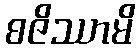
စဇိဿာမိ